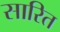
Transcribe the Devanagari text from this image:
सारित